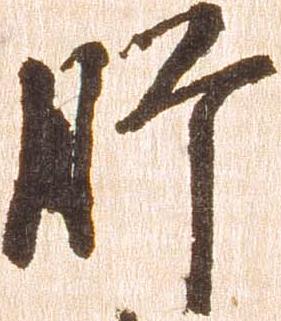
肝